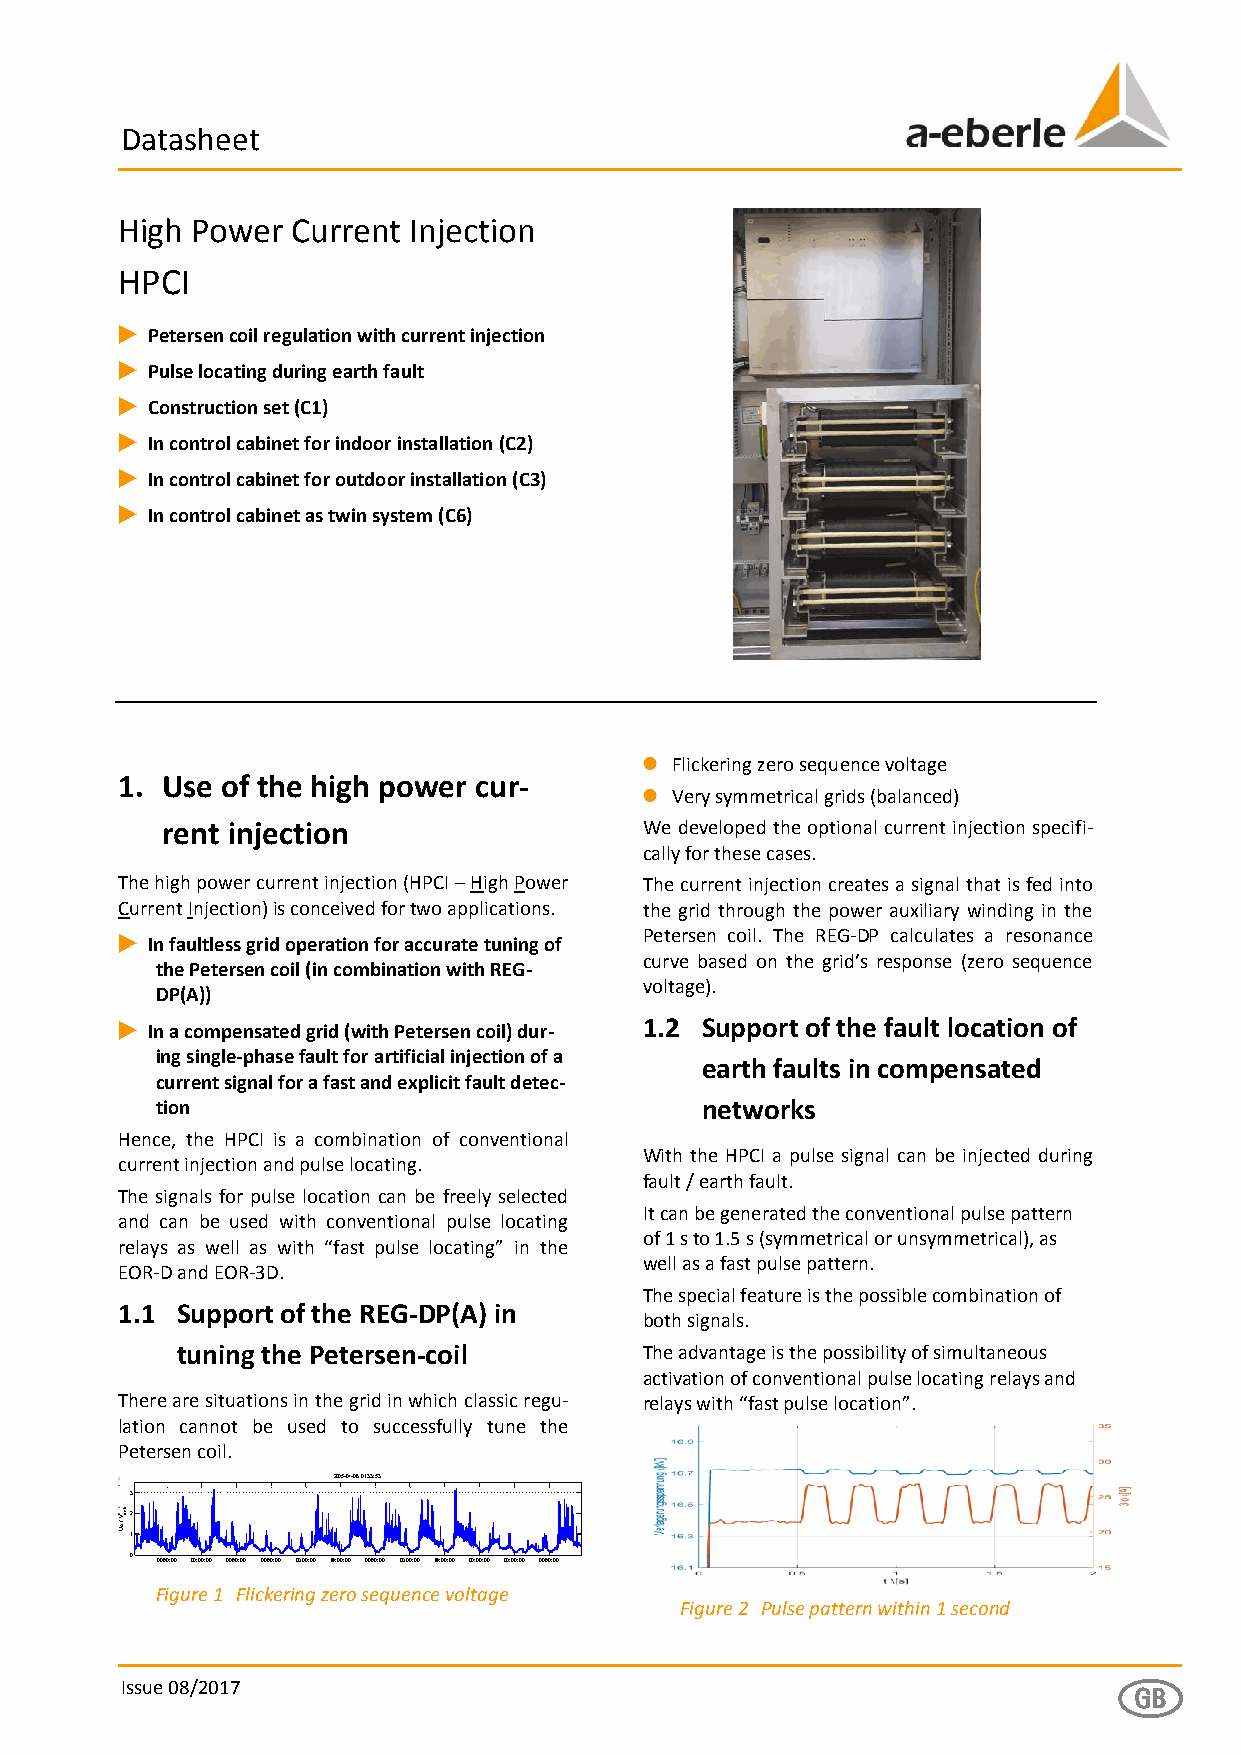
Datasheet
 Hbliagtht Power Current Injection
 H PCI
 1 Petersen coil regulation with current injection
 1 Pulse locating during earth fault
 1 Construction set (C1)
 1 In control cabinet for indoor installation (C2)
 1 In control cabinet for outdoor installation (C3)
 1 In control cabinet as twin system (C6)
 0 Flickering zero sequence voltage
 1. Use of the high power cur-
 0 Very symmetrical grids (balanced)
 rent injection                  We developed the optional current injection specifi-
 cally for these cases.
 The high power current injection (HPCI – High Power The current injection creates a signal that is fed into
 Current Injection) is conceived for two applications. the grid through the power auxiliary winding in the
 1 In faultless grid operation for accurate tuning of Petersen coil. The REG-DP calculates a resonance
 curve based on the grid’s response (zero sequence
 the Petersen coil (in combination with REG-
 voltage).
 DP(A))
 1 In a compensated grid (with Petersen coil) dur- 1.2 Support of the fault location of
 ing single-phase fault for artificial injection of a
 earth faults in compensated
 current signal for a fast and explicit fault detec-
 tion                                networks
 Hence, the HPCI is a combination of conventional
 With the HPCI a pulse signal can be injected during
 current injection and pulse locating.
 fault / earth fault.
 The signals for pulse location can be freely selected
 It can be generated the conventional pulse pattern
 and can be used with conventional pulse locating
 of 1 s to 1.5 s (symmetrical or unsymmetrical), as
 relays as well as with “fast pulse locating” in the
 well as a fast pulse pattern.
 EOR-D and EOR-3D.
 The special feature is the possible combination of
 1.1 Support of the REG-DP(A) in
 both signals.
 tuning the Petersen-coil       The advantage is the possibility of simultaneous
 activation of conventional pulse locating relays and
 There are situations in the grid in which classic regu- relays with “fast pulse location”.
 lation cannot be used to successfully tune the
 Petersen coil.
 2005-04-06 01:33:53
 3
 V / oUesk 12
 0 00:00:00 00:00:00 00:00:00 00:00:00 00:00:00 00:00:00 00:00:00 00:00:00 00:00:00 00:00:00 00:00:00 00:00:00
 Figure 1 Flickering zero sequence voltage
 Figure 2 Pulse pattern within 1 second
 g
 Issue 08/2017